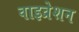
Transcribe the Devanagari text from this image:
वाइव्रेशन